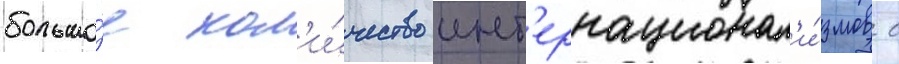
большо́е кол'и́чество инт'ернационал'и́змов с